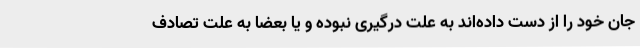
جان خود را از دست داده‌اند به علت درگیری نبوده و یا بعضا به علت تصادف